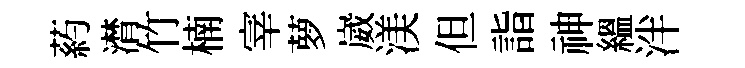
葯潸竹楠宰萝崴渼但詣神緼泮